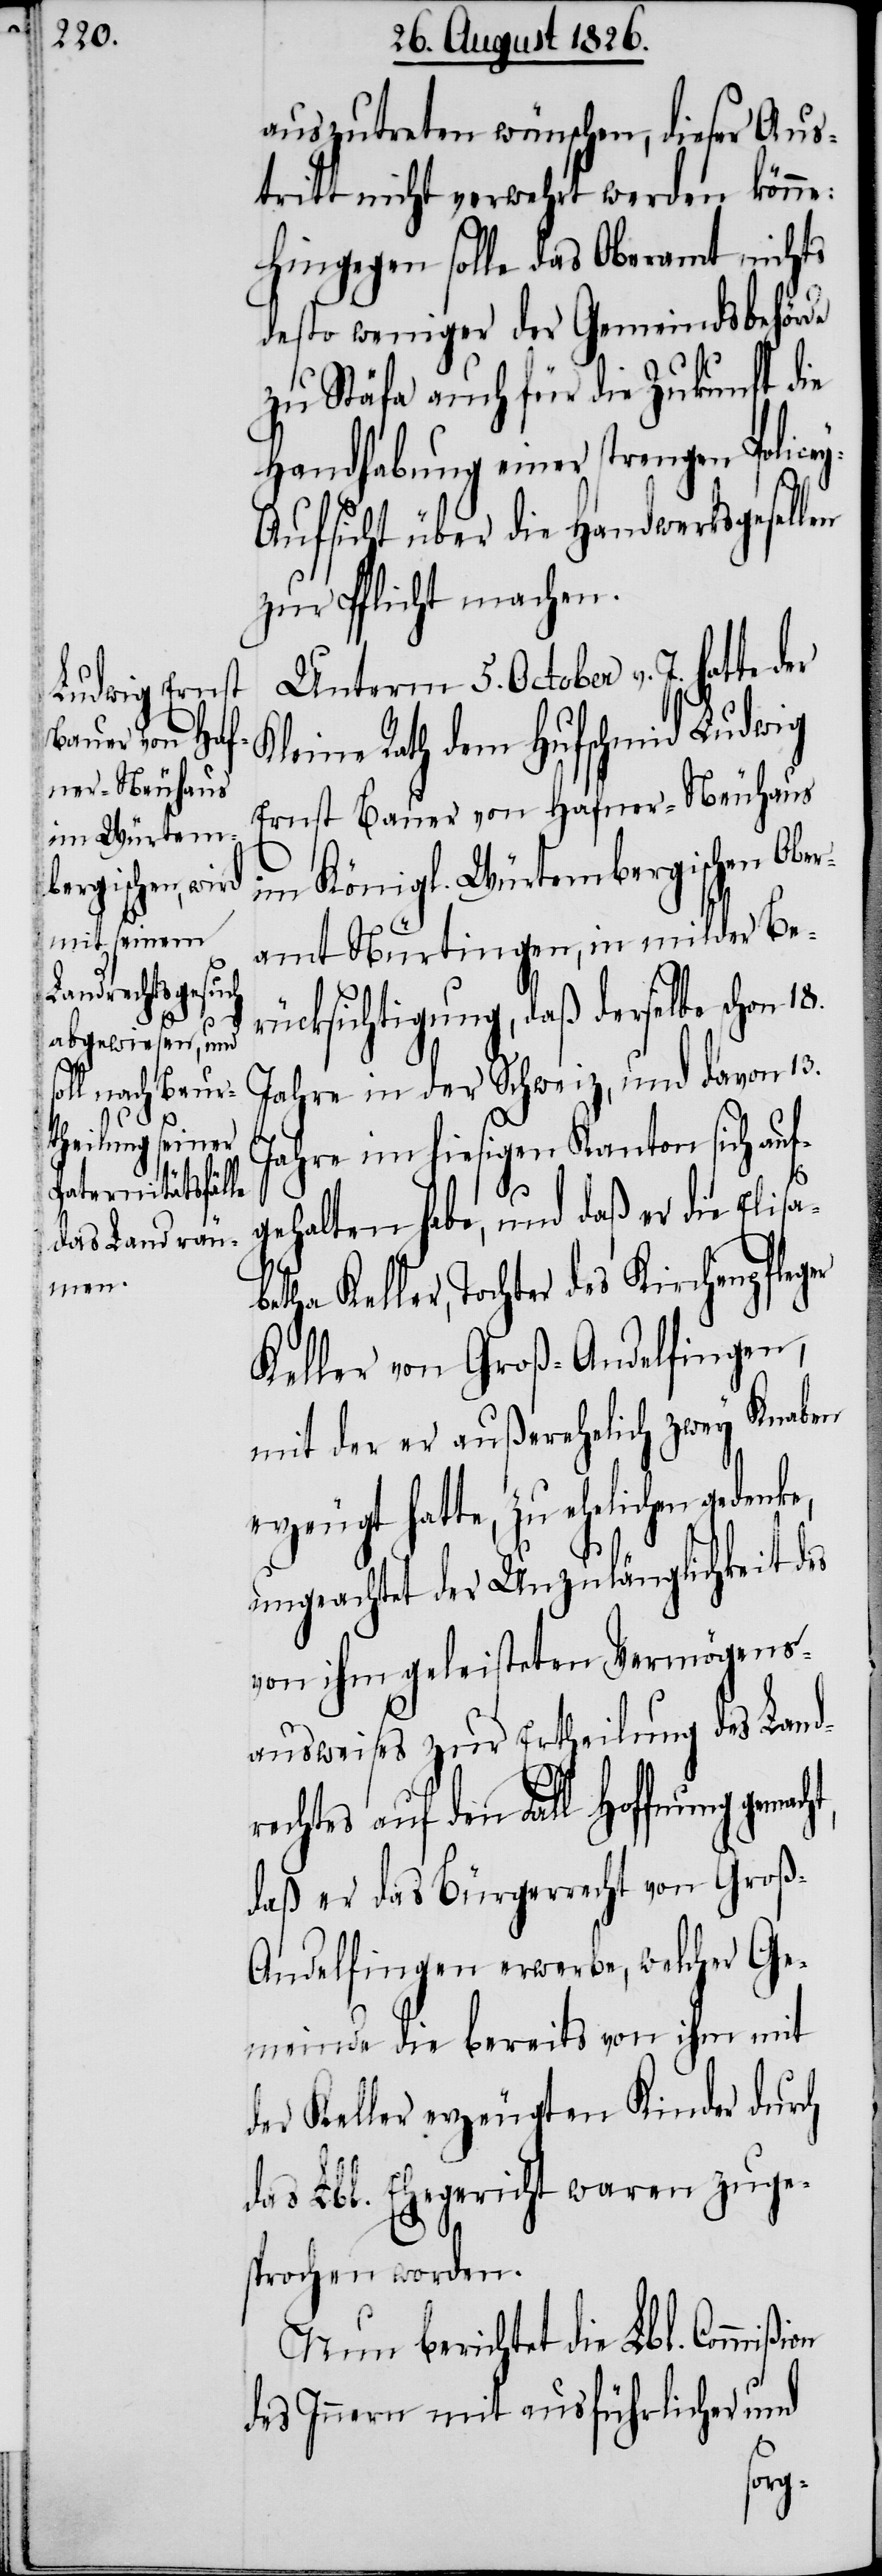
on

auszutreten wünschen, dieser Aus¬
tritt nicht verwehrt werden könne:
Hingegen solle das Oberamt nichts
desto weniger der Gemeindsbehörde
zu Stäfa auch für die Zukunft die
Handhabung einer strengen Police¬
y-Aufsicht über die Handwerksgesellen
zur Pflicht machen.
Unterm 5. October v. J. hatte der
Kleine Rath dem Hufschmid Ludwig
Ernst Bauer von Hafner-Neuhaus
im Königl. Würtembergischen Obe¬
ramt Nürtingen, in milder Be¬
rücksichtigung, daß derselbe schon
Jahre in der Schweiz, und davon 13.
18.
Jahre im hiesigen Kanton sich auf¬
gehalten habe, und daß er die Elisa¬
ler, Tochter des Kirchenpfleger
Keller von Groß-Andelfingen,
mit der er außerehelich zwey Knaben
erzeugt hatte, zu ehelichen gedenke,
ungeachtet der Unzulänglichkeit des
von ihm geleisteten Vermögens¬
ausweises zur Ertheilung des Land¬
chtes auf den Fall Hoffnung
daß er das Bürgerrecht von Gro¬
ß-Andelfingen erwerbe, welcher Ge¬
meinde die bereits von ihm mit
der Keller erzeugten Kinder durch
das Lbl. Ehegericht waren zuge¬
sprochen worden.
Nun berichtet die Lbl. Commißi¬
des Innern mit ausführlicher und
re¬